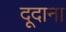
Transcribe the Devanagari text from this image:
दूदाना